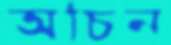
অচিন